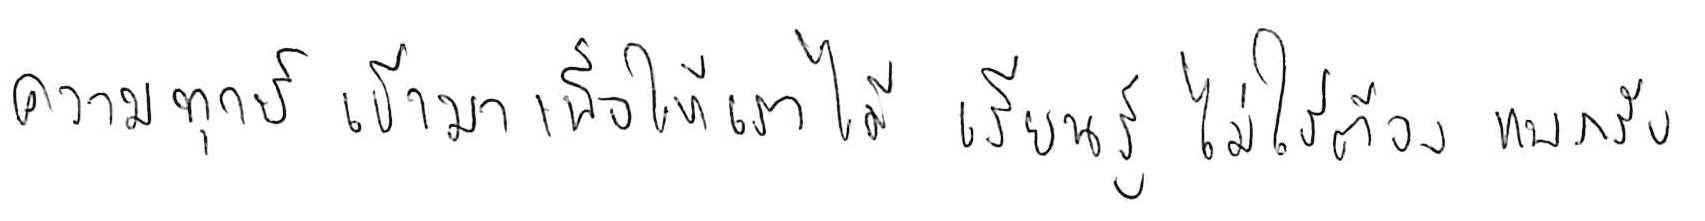
ความทุกข์ เข้ามาเพื่อให้เราได้ เรียนรู้ ไม่ใช่ต้อง แบกรับ